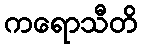
ကရောသီတိ